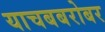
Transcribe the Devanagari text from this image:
याचबबरोबर